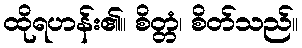
ထိုရဟန်း၏။ စိတ္တံ၊ စိတ်သည်။